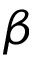
\beta